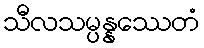
သီလသမ္ပန္နဿေတံ